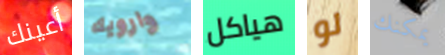
أعينك وارويك هياكل لو يمكنك